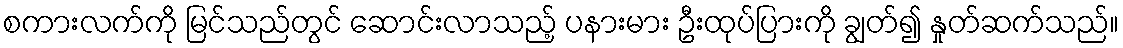
စကားလက်ကို မြင်သည်တွင် ဆောင်းလာသည့် ပနားမား ဦးထုပ်ပြားကို ချွတ်၍ နှုတ်ဆက်သည်။